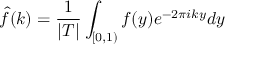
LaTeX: { \hat { f } } ( k ) = { \frac { 1 } { | T | } } \int _ { [ 0 , 1 ) } f ( y ) e ^ { - 2 \pi i k y } d y